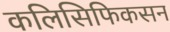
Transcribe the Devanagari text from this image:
कलिसिफिकसन